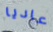
عاديا